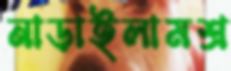
নাড়াইলামশ্র